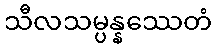
သီလသမ္ပန္နဿေတံ